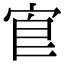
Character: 𡨇